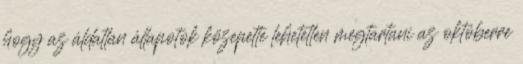
hogy az áldatlan állapotok közepette lehetetlen megtartani az októberre